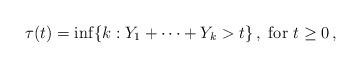
LaTeX: \begin{align*}\tau(t) = \inf \{ k: Y_1+\cdots + Y_k >t \}\,,\mbox{ for } t\geq 0\,,\end{align*}